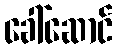
ခေါ်ဆောင်